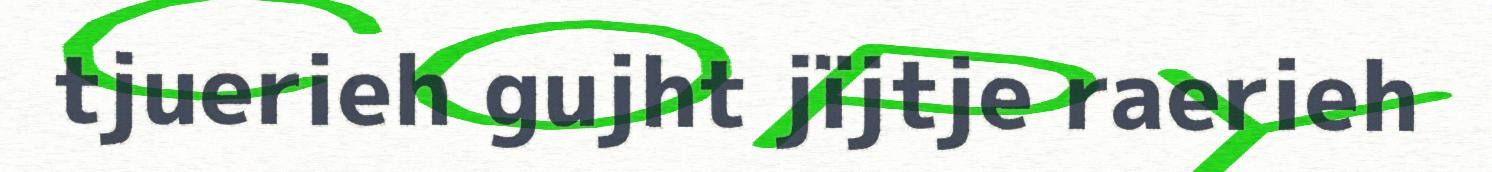
tjuerieh gujht jïjtje raerieh